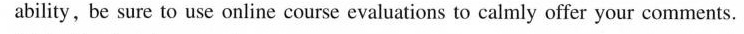
bility, be sure to use online course evaluations to calmly offer your comments.